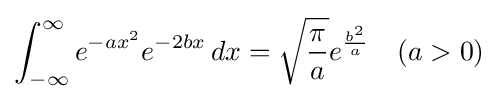
\int _{-\infty }^{\infty }e^{-ax^{2}}e^{-2bx}\,dx={\sqrt {\frac {\pi }{a}}}e^{\frac {b^{2}}{a}}\quad (a>0)